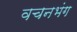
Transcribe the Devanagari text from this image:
वचनभंग